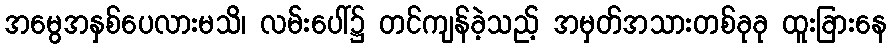
အမွေအနှစ်ပေလားမသိ၊ လမ်းပေါ်၌ တင်ကျန်ခဲ့သည့် အမှတ်အသားတစ်ခုခု ထူးခြားနေ